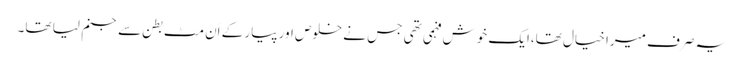
یہ صرف میرا خیال تھا،ایک خوش فہمی تھی جس نے خلوص اور پیار کے اَن مٹ بطن سے جنم لیا تھا۔